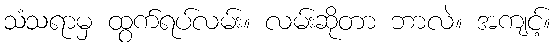
သံသရာမှ ထွက်ရပ်လမ်း။ လမ်းဆိုတာ ဘာလဲ။ အကျင့်။